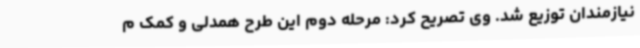
نیازمندان توزیع شد. وی تصریح کرد: مرحله دوم این طرح همدلی و کمک م